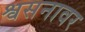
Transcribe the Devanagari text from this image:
श्वसनावर